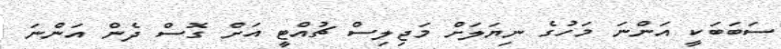
ސަބަބަކީ އަންނަ މަހުގެ ނިޔަލަށް މަޖިލިސް ޗުއްޓީ އަށް ގޮސް ދެން އަންނަ